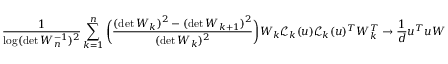
\frac { 1 } { \log ( \operatorname* { d e t } W _ { n } ^ { - 1 } ) ^ { 2 } } \sum _ { k = 1 } ^ { n } \bigg ( \frac { ( \operatorname* { d e t } W _ { k } ) ^ { 2 } - ( \operatorname* { d e t } W _ { k + 1 } ) ^ { 2 } } { ( \operatorname* { d e t } W _ { k } ) ^ { 2 } } \bigg ) W _ { k } \mathcal { L } _ { k } ( u ) \mathcal { L } _ { k } ( u ) ^ { T } W _ { k } ^ { T } \to \frac { 1 } { d } u ^ { T } u W